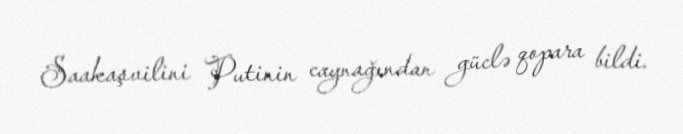
Saakaşvilini Putinin caynağından güclə qopara bildi.